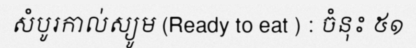
សំបូរកាល់ស្យូម (Ready to eat ) : ចំនុះ ៥១